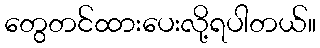
တွေတင်ထားပေးလို့ရပါတယ်။